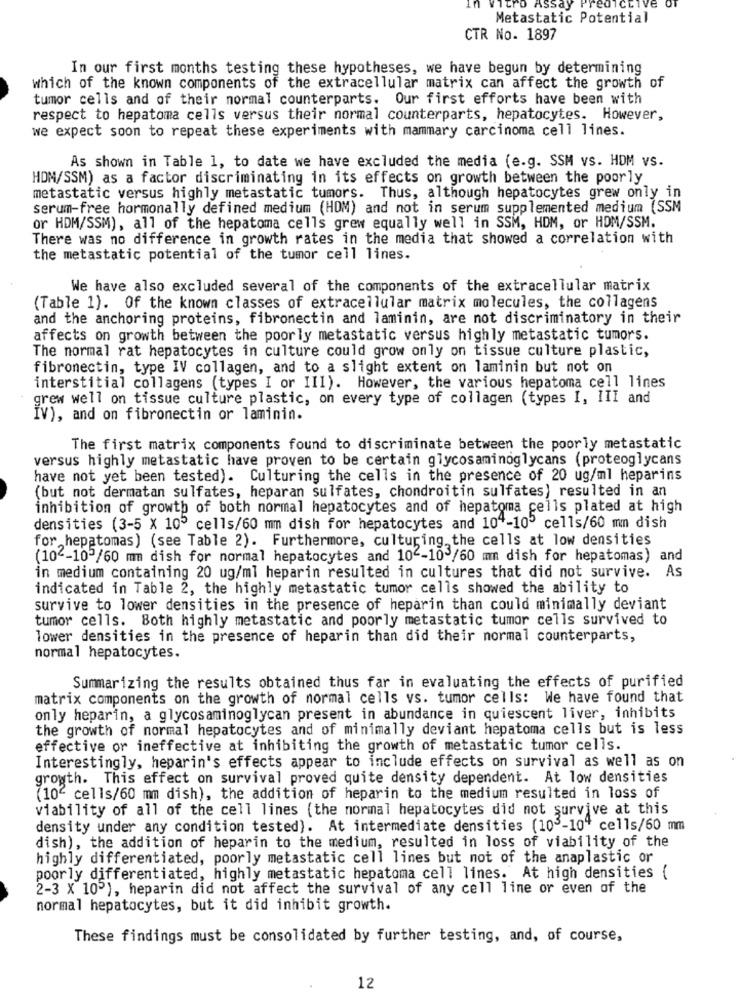
CCIVe
Ttro Assay
Metastatic Potential
CTR No. 1897
In our first months testing these hypotheses, we have begun by determining
which of the known components of the extracellular matrix can affect the growth of
tumor cells and of their normal counterparts. Our first efforts have been with
respect to hepatoma cells versus their normal counterparts, hepatocytes. However,
we expect soon to repeat these experiments with mammary carcinoma cell lines.
As shown in Table 1, to date we have excluded the media (e.g. SSM vs. HOM vs.
HDM/SSM) as a factor discriminating in its effects on growth between the poorly
metastatic versus highly metastatic tumors. Thus, although hepatocytes grew only in
serum-free hormonally defined medium (HOM) and not in serum supplemented medium (SSM
or HDM/SSM), all of the hepatoma cells grew equally well in SSM, HOM, or HDM/SSM.
There was no difference in growth rates in the media that showed a correlation with
the metastatic potential of the tumor cell lines.
We have also excluded several of the components of the extracellular matrix
(Table 1). Of the known classes of extracellular matrix molecules, the collagens
and the anchoring proteins, fibronectin and laminin, are not discriminatory in their
affects on growth between the poorly metastatic versus highly metastatic tumors.
The normal rat hepatocytes in culture could grow only on tissue culture plastic,
fibronectin, type IV collagen, and to a slight extent on laminin but not on
interstitial collagens (types I or III). However, the various hepatoma cell lines
grew well on tissue culture plastic, on every type of collagen (types I, III and
IV), and on fibronectin or laminin.
The first matrix components found to discriminate between the poorly metastatic
versus highly metastatic have proven to be certain glycosaminoglycans (proteoglycans
have not yet been tested). Culturing the cells in the presence of 20 ug/ml heparins
(but not dermatan sulfates, heparan sulfates, chondroitin sulfates) resulted in an
inhibition of growth of both normal hepatocytes and of hepatoma cells plated at high
densities (3-5 X 105 cells/60 mm dish for hepatocytes and 104-10' cells/60 mm dish
for hepatomas) (see Table 2). Furthermore, culturing, the cells at low densities
(10"-10 /60 mm dish for normal hepatocytes and 10"-10/60 mm dish for hepatomas) and
in medium containing 20 ug/ml heparin resulted in cultures that did not survive. As
indicated in Table 2, the highly metastatic tumor cells showed the ability to
survive to lower densities in the presence of heparin than could minimally deviant
tumor cells. Both highly metastatic and poorly metastatic tumor cells survived to
lower densities in the presence of heparin than did their normal counterparts,
normal hepatocytes.
Summarizing the results obtained thus far in evaluating the effects of purified
matrix components on the growth of normal cells vs. tumor cells: We have found that
only heparin, a glycosaminoglycan present in abundance in quiescent liver, inhibits
the growth of normal hepatocytes and of minimally deviant hepatoma cells but is less
effective or ineffective at inhibiting the growth of metastatic tumor cells.
Interestingly, heparin's effects appear to include effects on survival as well as on
growth. This effect on survival proved quite density dependent. At low densities
(10" cells/60 mm dish), the addition of heparin to the medium resulted in loss of
viability of all of the cell lines (the normal hepatocytes did not survive at this
density under any condition tested). At intermediate densities (105-10" cells/60 mm
dish), the addition of heparin to the medium, resulted in loss of viability of the
highly differentiated, poorly metastatic cell lines but not of the anaplastic or
poorly differentiated, highly metastatic hepatoma cell lines. At high densities {
2-3 X 105), heparin did not affect the survival of any cell line or even of the
normal hepatocytes, but it did inhibit growth.
These findings must be consolidated by further testing, and, of course,
12